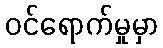
ဝင်ရောက်မှုမှာ